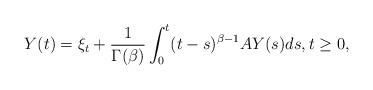
LaTeX: \begin{align*}Y(t)=\xi_t+\frac{1}{\Gamma(\beta)}\int_0^t(t-s)^{\beta-1}AY(s)ds,t\ge 0,\end{align*}